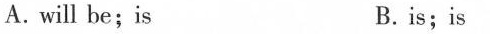
A.will be;is B.is;is